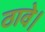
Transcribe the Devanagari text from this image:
ठावे।